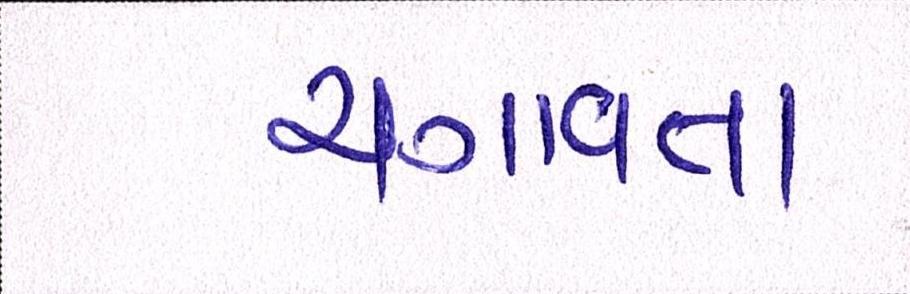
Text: ચગાવતા